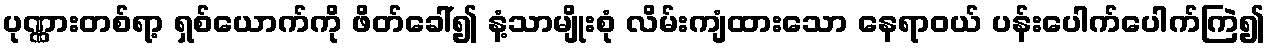
ပုဏ္ဏားတစ်ရာ့ ရှစ်ယောက်ကို ဖိတ်ခေါ်၍ နံ့သာမျိုးစုံ လိမ်းကျံထားသော နေရာဝယ် ပန်းပေါက်ပေါက်ကြဲ၍